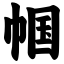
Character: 帼